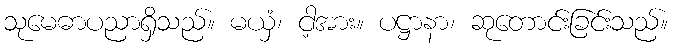
သုမေဓာပညာရှိသည်။ မယှံ၊ ငါ့အား။ ပဋ္ဌာနာ၊ ဆုတောင်းခြင်းသည်။